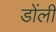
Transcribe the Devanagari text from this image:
डोंली